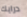
درايك